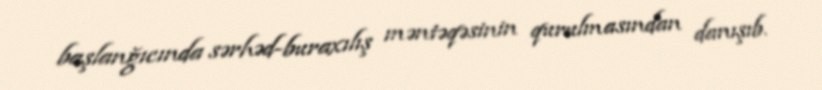
başlanğıcında sərhəd-buraxılış məntəqəsinin qurulmasından danışıb.